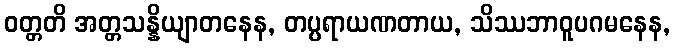
ဝတ္တတိ အတ္တသန္နိယျာတနေန, တပ္ပရာယဏတာယ, သိဿဘာဝူပဂမနေန,